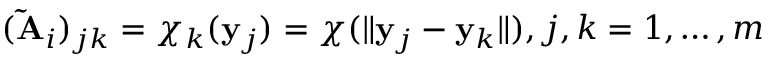
( \mathbf { \widetilde { A } } _ { i } ) _ { j k } = \chi _ { k } ( \mathbf { y } _ { j } ) = \chi ( \| \mathbf { y } _ { j } - \mathbf { y } _ { k } \| ) , j , k = 1 , \dots , m